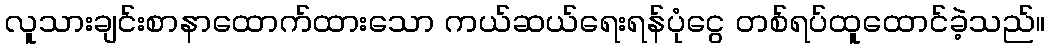
လူသားချင်းစာနာထောက်ထားသော ကယ်ဆယ်ရေးရန်ပုံငွေ တစ်ရပ်ထူထောင်ခဲ့သည်။